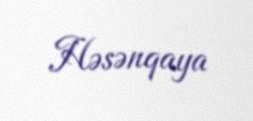
Həsənqaya